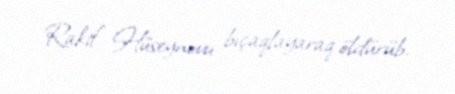
Rakif Hüseynovu bıçaqlayaraq öldürüb.